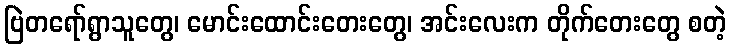
ဗြဲတရော်ရွာသူတွေ၊ မောင်းထောင်းတေးတွေ၊ အင်းလေးက တိုက်တေးတွေ စတဲ့